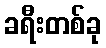
ခရီးတစ်ခု